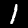
Digit: 1